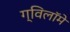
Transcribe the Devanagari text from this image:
ग्विलॉमे